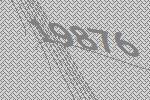
19876